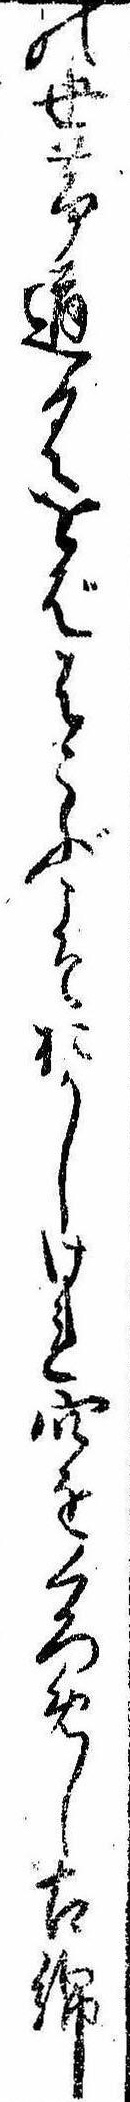
の世帯道具をばはこぶこそおかしけれ穴をくろめし古綿